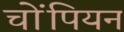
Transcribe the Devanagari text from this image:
चोंपियन